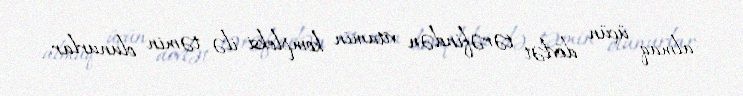
almaq üçün dövlət tərəfindən vitamin kompleksi ilə təmin olunurlar.